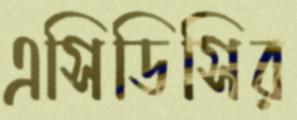
এসিডিসির